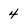
Character: 4